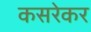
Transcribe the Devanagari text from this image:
कसरेकर